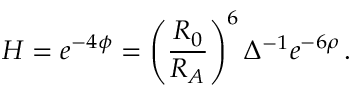
H = e ^ { - 4 \phi } = \left( \frac { R _ { 0 } } { R _ { A } } \right) ^ { 6 } \Delta ^ { - 1 } e ^ { - 6 \rho } \, .